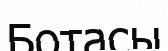
Ботасы